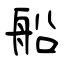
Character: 船